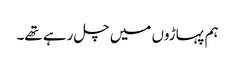
ہم پہاڑوں میں چل رہے تھے۔